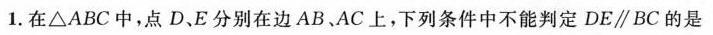
1.在\bigtriangleup ABC中，点D、E分别在边AB.AC上，下列条件中不能判定$$D E \parallel B C$$的是